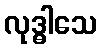
လုဒ္ဓါသေ